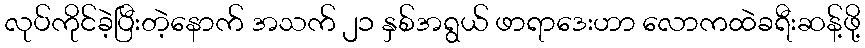
လုပ်ကိုင်ခဲ့ပြီးတဲ့နောက် အသက် ၂၁ နှစ်အရွယ် ဖာရာဒေးဟာ လောကထဲခရီးဆန့်ဖို့